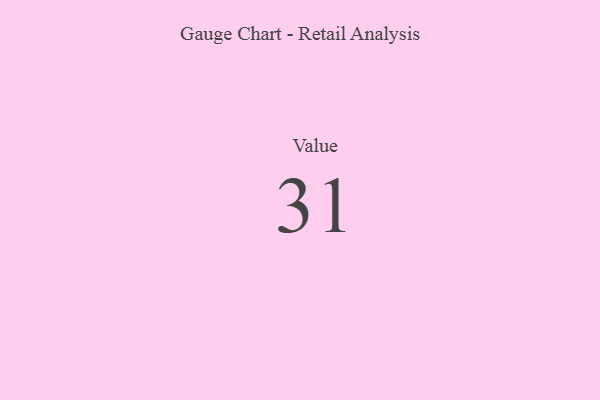
{"axis": {"x": "Metric", "y": "Value"}, "legend": [""], "data": [{"x": "Value", "y": 31, "type": ""}]}